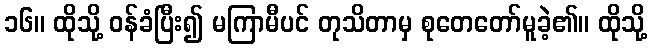
၁၆။ ထိုသို့ ဝန်ခံပြီး၍ မကြာမီပင် တုသိတာမှ စုတေတော်မူခဲ့၏။ ထိုသို့